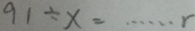
9 1 \div x = \cdots r